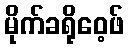
မိုက်ခရိုဝေ့ဖ်